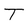
Character: T